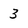
Character: 3